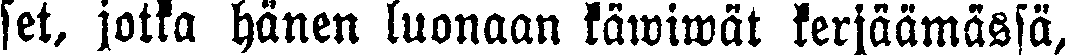
set, jotka hänen luonaan käwiwät kerjäämässä,